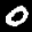
Label: 0